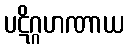
ပဋိဂ္ဂဟဏာယ